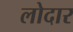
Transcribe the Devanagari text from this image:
लोदार